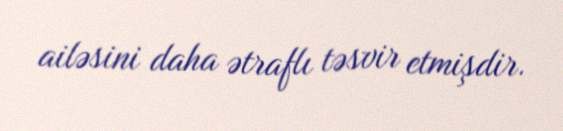
ailəsini daha ətraflı təsvir etmişdir.